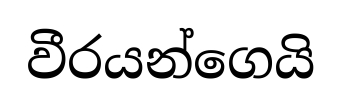
වීරයන්ගෙයි